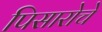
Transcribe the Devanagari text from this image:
पिसारोचे